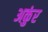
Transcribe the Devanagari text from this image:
अकुंर